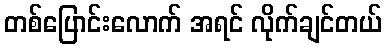
တစ်ပြောင်းလောက် အရင် လိုက်ချင်တယ်